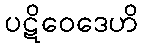
ပဋိဝေဒေဟိ